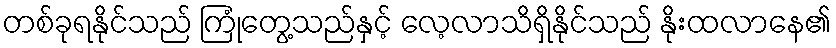
တစ်ခုရနိုင်သည် ကြုံတွေ့သည်နှင့် လေ့လာသိရှိနိုင်သည် နိုးထလာနေ၏